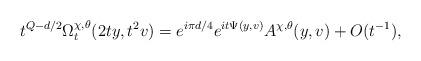
LaTeX: \begin{align*}t^{Q-d/2} \Omega^{\chi,\theta}_t(2ty,t^2 v) =e^{i\pi d/4} e^{it\Psi(y,v)} A^{\chi,\theta}(y,v) + O(t^{-1}),\end{align*}